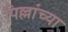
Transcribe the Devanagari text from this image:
पिल्लांच्या